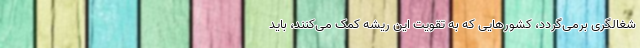
شغالگری برمی‌گردد، کشورهایی که به تقویت این ریشه کمک می‌کنند، باید